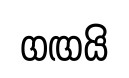
ගඟයි